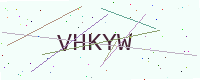
Text: VHKYW